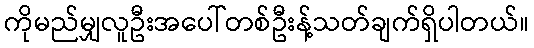
ကိုမည်မျှလူဦးအပေါ်တစ်ဦးန့်သတ်ချက်ရှိပါတယ်။